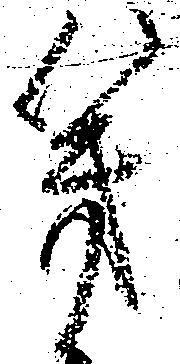
幾